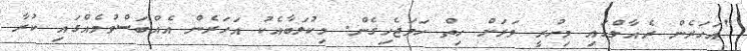
"އަހަރެން ރެއާލްގައި މިހުރީ ވަރަށް ހިތް ހަމަޖެހިގެން. މިކުލަބާއެކު އަހަރެން އެއްބަސްވުމެއްގައި ކުރާ